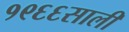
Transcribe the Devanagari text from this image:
१९६६साली